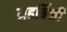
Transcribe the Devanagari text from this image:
महर्षिजी